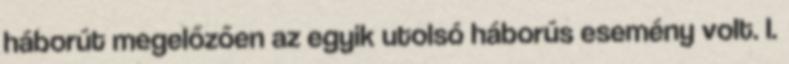
háborút megelőzően az egyik utolsó háborús esemény volt. I.